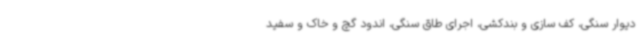
دیوار سنگی، کف سازی و بندکشی، اجرای طاق سنگی، اندود گچ و خاک و سفید